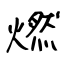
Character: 燃